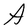
Character: A